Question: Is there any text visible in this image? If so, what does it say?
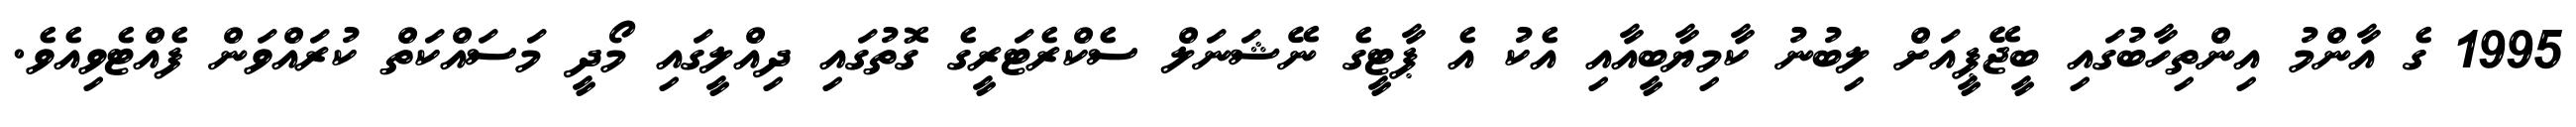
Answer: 1995 ގެ އާންމު އިންތިހާބުގައި ބީޖޭޕީއަށް ލިބުނު ކާމިޔާބީއާއި އެކު އެ ޕާޓީގެ ނޭޝަނަލް ސެކްރެޓަރީގެ ގޮތުގައި ދިއްލީގައި މޯދީ މަސައްކަތް ކުރައްވަން ފެއްޓެވިއެވެ.